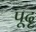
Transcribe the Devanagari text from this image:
पूदृ